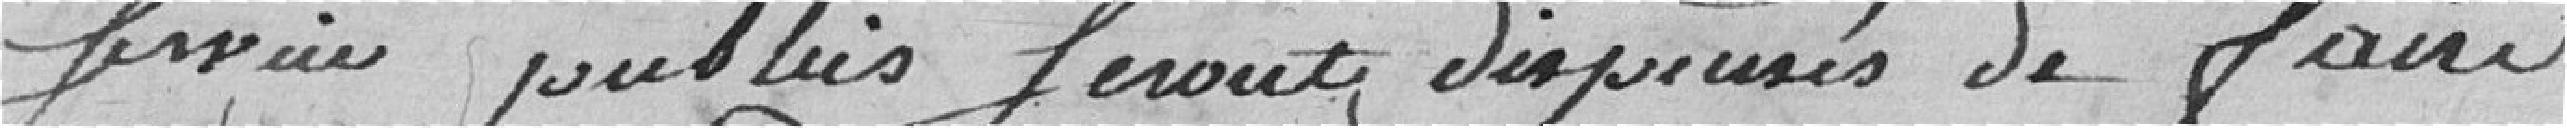
service public seront dispensés de faire